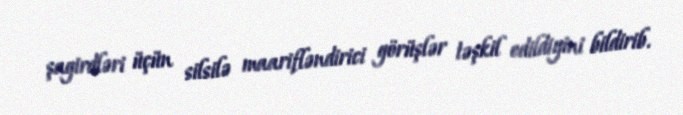
şagirdləri üçün silsilə maarifləndirici görüşlər təşkil edildiyini bildirib.